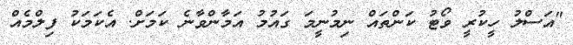
"އަސްލު ހީކުރީ ވޯޓު ކަންތައް ނިމުނީމަ ގައުމު އަމާންވާނެ ކަމަށް. އެކަމަކު ފިލްމެއް